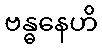
ဗန္ဓနေဟိ